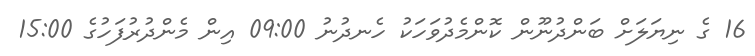
16 ގެ ނިޔަލަށް ބަންދުނޫން ކޮންމެދުވަހަކު ހެނދުނު 09:00 އިން މެންދުރުފަހުގެ 15:00